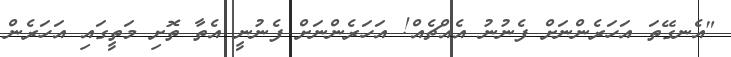
"އެނގޭތަ އަހަރެންނަށް ފެނުނު އެއްޗެއް! އަހަރެންނަށް ފެނުނީ އެތާ ތޮށި މަތީގައި އަހަރެން